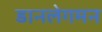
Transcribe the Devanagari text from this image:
डानलेगमन